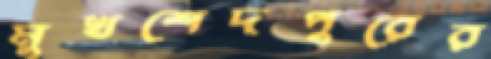
মুখশেদপুরের